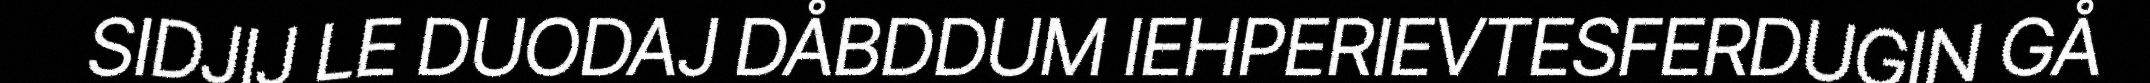
SIDJIJ LE DUODAJ DÅBDDUM IEHPERIEVTESFERDUGIN GÅ